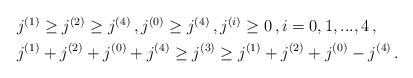
LaTeX: \begin{align*}\begin{aligned}& j^{(1)}\geq j^{(2)} \geq j^{(4)} \,,j^{(0)} \geq j^{(4)} \,, j^{(i)}\geq 0\,,i=0,1,...,4\,,\\&j^{(1)}+j^{(2)}+j^{(0)}+j^{(4)} \geq j^{(3)}\geq j^{(1)}+j^{(2)}+j^{(0)}-j^{(4)}\,. \end{aligned}\end{align*}